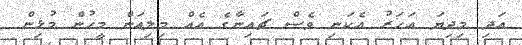
އަދި މިދިޔަ އަހަރު އެކަނި ވެސް ޗައިނާގެ އެއް މިލިއަން މީހުން މުޅިން